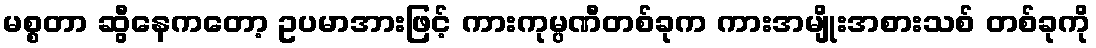
မစ္စတာ ဆွီနေကတော့ ဥပမာအားဖြင့် ကားကုမ္ပဏီတစ်ခုက ကားအမျိုးအစားသစ် တစ်ခုကို